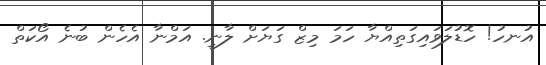
އުނހު! ހޮޑުލަވައިގަތިއްޔާ ހަމަ މިޒް ގަޔަށް ލާނީ. އަމްނާ އެހެން ބުނެ އޯކަތް